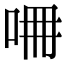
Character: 𠱡